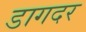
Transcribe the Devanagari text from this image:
डागदर